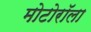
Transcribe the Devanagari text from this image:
मोटोरॉला